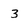
Character: 3